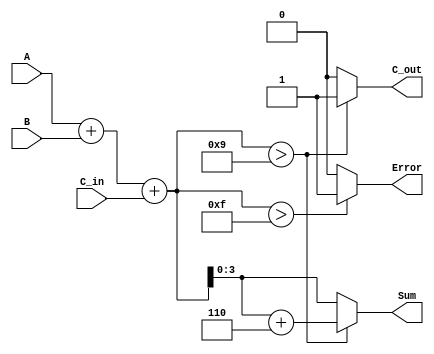
module BCD_Redundant_Binary_Adder (
    input wire [3:0] A,      // First BCD digit
    input wire [3:0] B,      // Second BCD digit
    input wire C_in,         // Carry input
    output reg [3:0] Sum,    // Resulting BCD digit
    output reg C_out,        // Carry output
    output reg Error         // Error flag
);

    wire [4:0] sum;          // Intermediate sum (5 bits to accommodate carry)
    
    // Step 1: Perform binary addition
    assign sum = A + B + C_in;

    // Step 2: BCD Correction Logic
    always @(*) begin
        // Default outputs
        Sum = 4'b0000;
        C_out = 1'b0;
        Error = 1'b0;

        // Check if the sum exceeds 9
        if (sum > 9) begin
            Sum = sum + 6; // Correct the sum by adding 6
            C_out = 1'b1;  // Set carry out
        end else begin
            Sum = sum[3:0]; // Use lower 4 bits if sum is valid
        end

        // Check for error condition
        if (sum > 15) begin
            Error = 1'b1; // Error if the sum exceeds 15 (invalid BCD)
        end
    end

endmodule